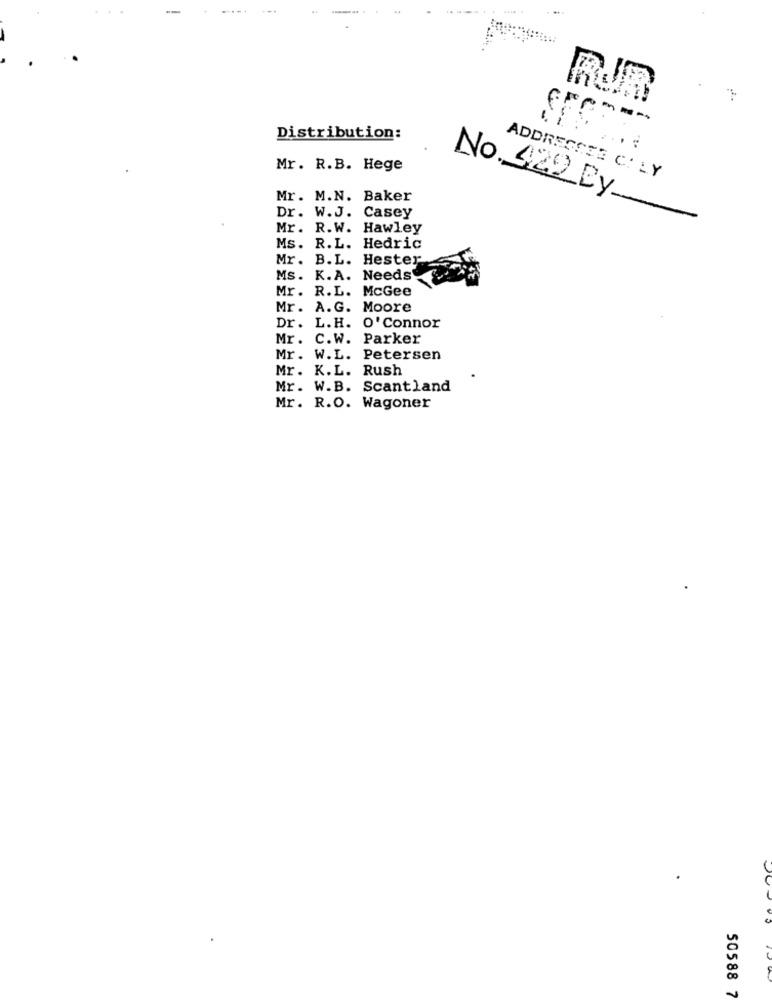
RUR
Distribution:
Mr. R.B. Hege
ADDRESSEE CI LY
Mr. M.N. Baker
No. 422 By.
Dr. W.J. Casey
Mr. R.W. Hawley
Ms. R.L. Hedric
Mr. B.L.
Hester
Ms.
K.A.
Needs
Mr. R.L.
McGee
Mr. A.G. Moore
Dr. L.H. O' Connor
Mr. C.W. Parker
Mr. W.L. Petersen
Mr. K.L. Rush
Mr. W.B. Scantland
Mr. R.O. Wagoner
50588 7